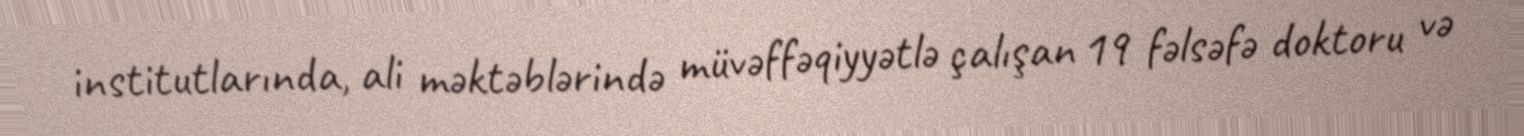
institutlarında, ali məktəblərində müvəffəqiyyətlə çalışan 19 fəlsəfə doktoru və